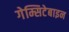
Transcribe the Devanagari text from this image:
गेम्सिटेबाइन